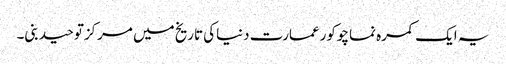
یہ ایک کمرہ نماچوکورعمارت دنیاکی تاریخ میں مرکزتوحیدبنی۔